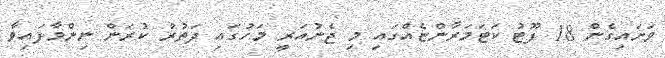
ވަށައިގެން 18 ފޫޓު ކަޓަމަރާންޏެއްގައި މި ޖެނުއަރީ މަހުގައި ދަތުރު ކުރަން ނިންމާފައިވާ